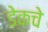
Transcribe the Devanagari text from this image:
डेकचे